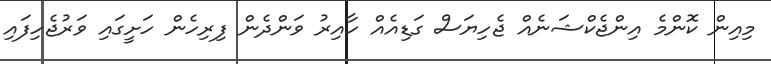
މިއިން ކޮންމެ އިންޖެކްޝަނެއް ޖެހިޔަސް ގަޑިއެއް ހާއިރު ވަންދެން ފިރިހެން ހަށީގައި ވަރުޖެހިފައި